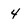
Character: 4